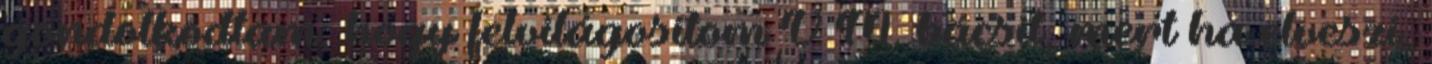
gondolkodtam, hogy felvilágosítom V M. bácsit, mert ha elveszi,